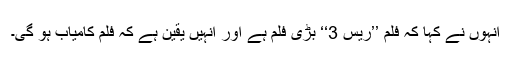
انہوں نے کہا کہ فلم ’’ریس 3‘‘ بڑی فلم ہے اور انہیں یقین ہے کہ فلم کامیاب ہو گی۔